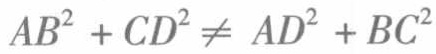
\(AB^{2}+CD^{2}\neq AD^{2}+BC^{2}\)